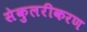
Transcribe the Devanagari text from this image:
सेकुलरीकरण